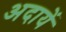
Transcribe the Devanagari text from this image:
अदायें